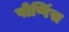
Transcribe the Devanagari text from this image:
पोप्पिंस